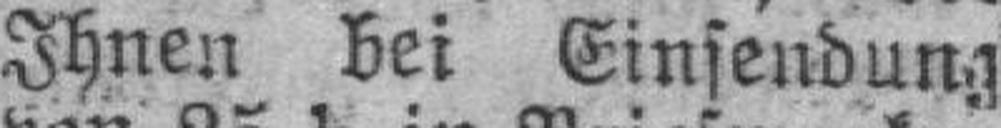
Ihnen bei Einsendung